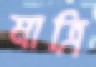
মাত্রি